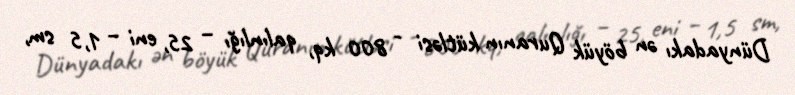
Dünyadakı ən böyük Quranın kütləsi - 800 kq, qalınlığı – 25, eni – 1,5 sm,